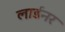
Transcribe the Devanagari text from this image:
लार्डनर